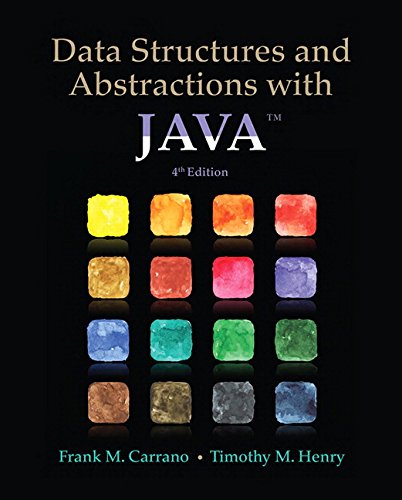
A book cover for Data Structures and Abstractions with Java (4th Edition); Frank M. Carrano; Computers & Technology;